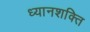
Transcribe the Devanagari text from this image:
ध्यानशक्ति